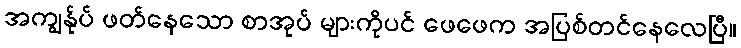
အကျွန်ုပ် ဖတ်နေသော စာအုပ် များကိုပင် ဖေဖေက အပြစ်တင်နေလေပြီ။